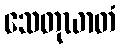
သေတုဃာတံ